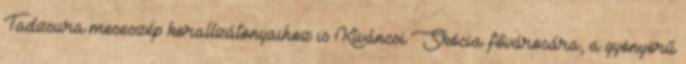
Tadzsura meseszép korallzátonyaihoz is Kíváncsi Skócia fővárosára, a gyönyörű